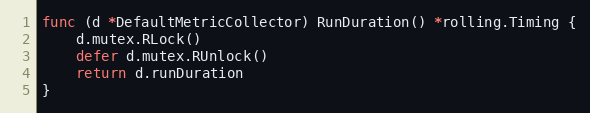
Language: Go
func (d *DefaultMetricCollector) RunDuration() *rolling.Timing {
	d.mutex.RLock()
	defer d.mutex.RUnlock()
	return d.runDuration
}